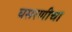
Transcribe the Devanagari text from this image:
घसरणीचा